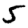
Digit: 5